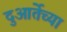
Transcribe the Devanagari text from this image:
दुआर्तेच्या